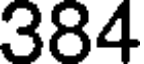
384